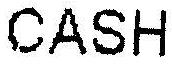
CASH